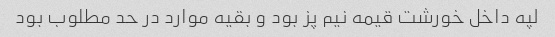
لپه داخل خورشت قیمه نیم پز بود و بقیه موارد در حد مطلوب بود